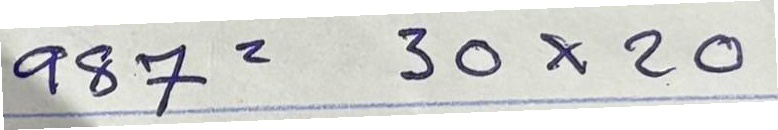
987 = 30x20